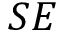
S E